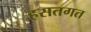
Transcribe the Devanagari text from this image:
हसतगत